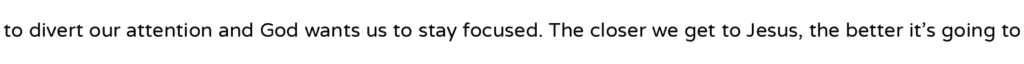
to divert our attention and God wants us to stay focused. The closer we get to Jesus, the better it's going to